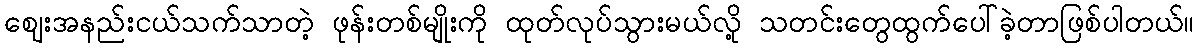
ဈေးအနည်းငယ်သက်သာတဲ့ ဖုန်းတစ်မျိုးကို ထုတ်လုပ်သွားမယ်လို့ သတင်းတွေထွက်ပေါ်ခဲ့တာဖြစ်ပါတယ်။